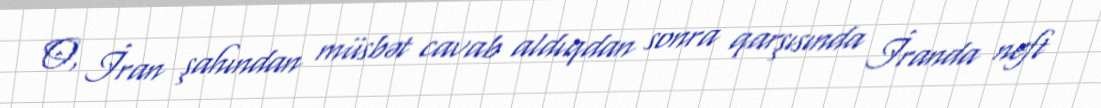
O, İran şahından müsbət cavab aldıqdan sonra qarşısında İranda neft